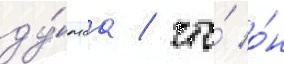
ду́маа / что́ о́н